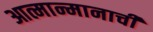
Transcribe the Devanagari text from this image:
आत्मान्मानाची